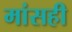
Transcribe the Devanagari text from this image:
मांसही